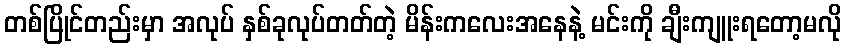
တစ်ပြိုင်တည်းမှာ အလုပ် နှစ်ခုလုပ်တတ်တဲ့ မိန်းကလေးအနေနဲ့ မင်းကို ချီးကျူးရတော့မလို